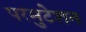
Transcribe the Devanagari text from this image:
परमुटेशन